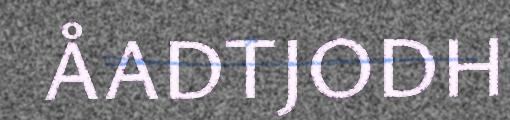
ÅADTJODH